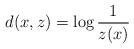
LaTeX: \begin{align*} d(x,z) = \log \frac{1}{z(x)}\end{align*}